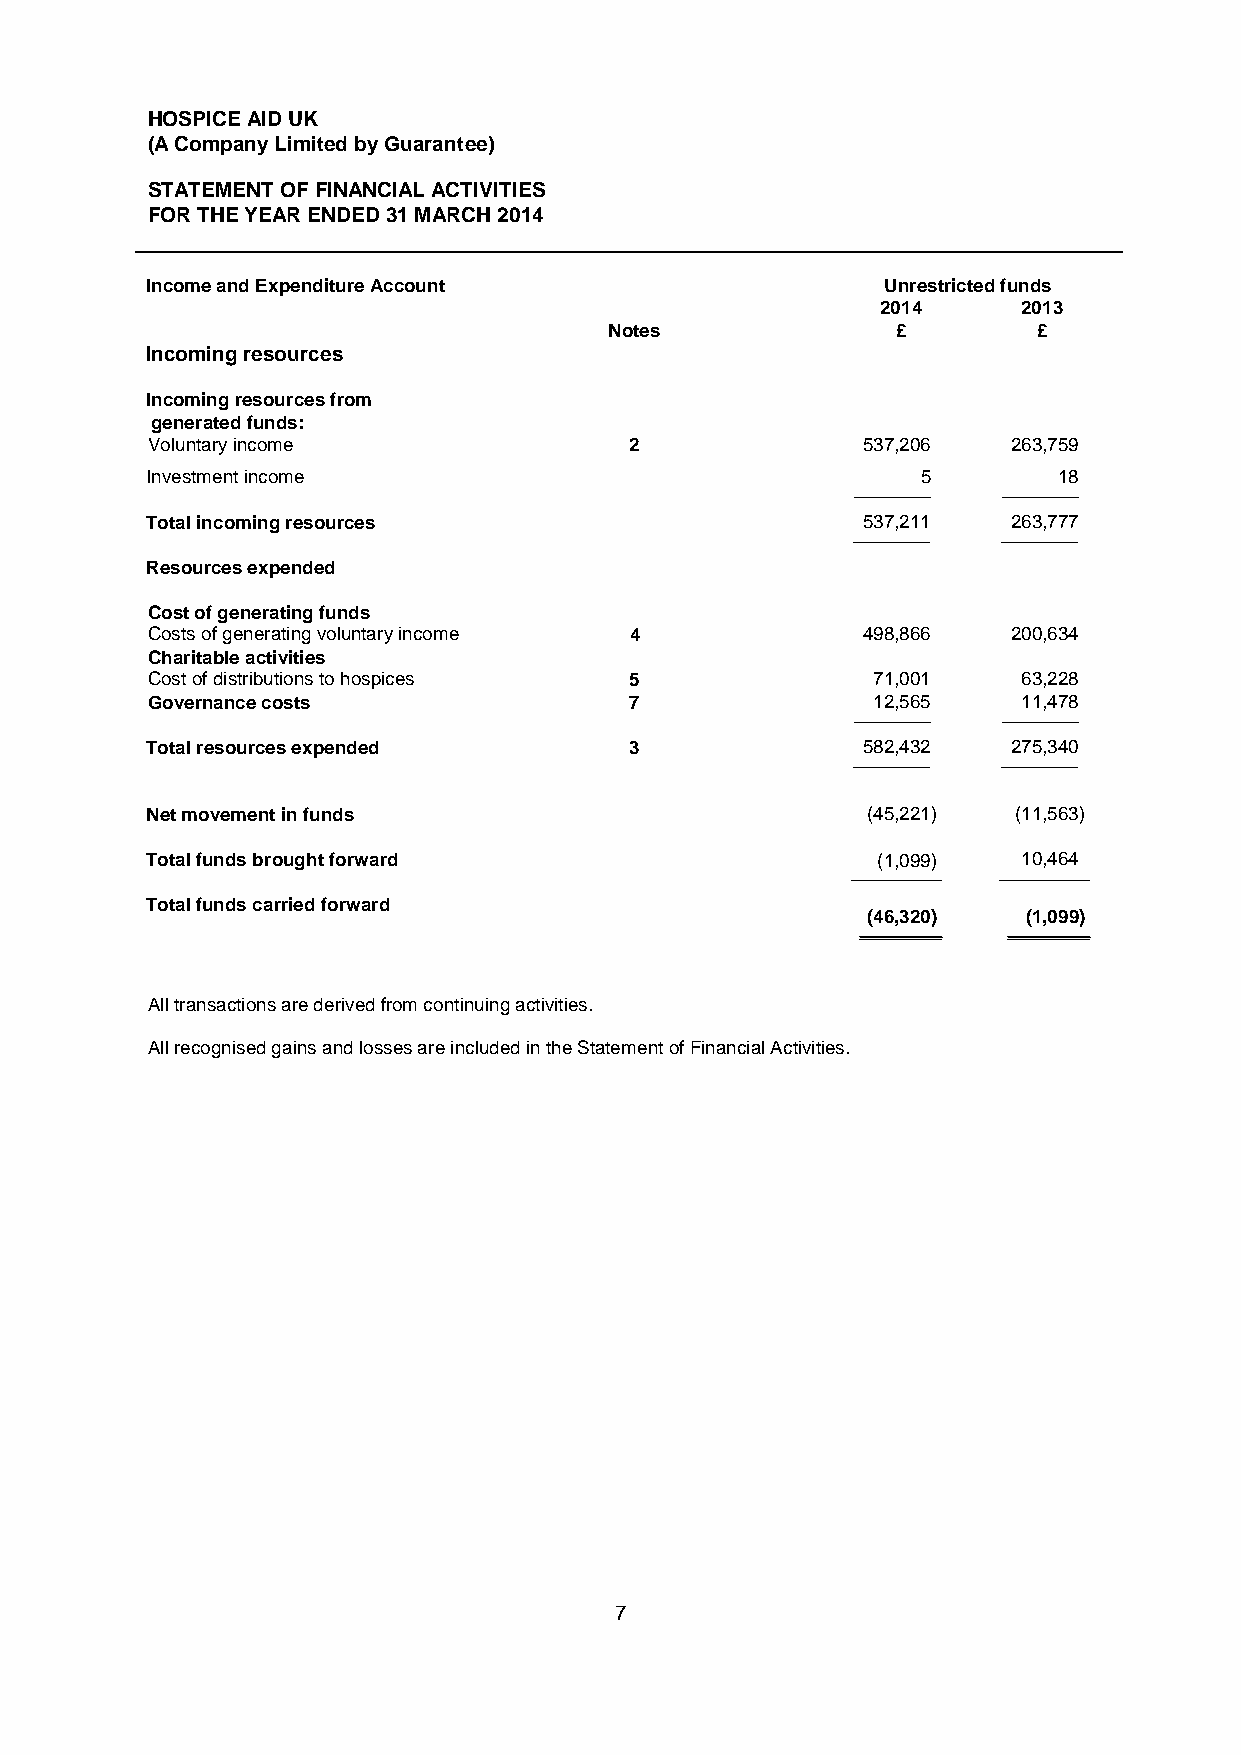
HOSPICE AID UK
 (A Company Limited by Guarantee)
 STATEMENT OF FINANCIAL ACTIVITIES
 FOR THE YEAR ENDED 31 MARCH 2014
 Income and Expenditure Account                   Unrestricted funds
 2014      2013
 Notes              £         £
 Incoming resources
 Incoming resources from
 generated funds:
 Voluntary income                2              537,206   263,759
 Investment income                                  5        18
 ___________ ___________
 Total incoming resources                       537,211   263,777
 ___________ ___________
 Resources expended
 Cost of generating funds
 Costs of generating voluntary income 4         498,866   200,634
 Charitable activities
 Cost of distributions to hospices 5             71,001    63,228
 Governance costs                7               12,565    11,478
 ___________ ___________
 Total resources expended        3              582,432   275,340
 ___________ ___________
 Net movement in funds                          (45,221)  (11,563)
 Total funds brought forward                     (1,099)   10,464
 _____________ _____________
 Total funds carried forward
 (46,320)   (1,099)
 ___________ ___________
 All transactions are derived from continuing activities.
 All recognised gains and losses are included in the Statement of Financial Activities.
 7